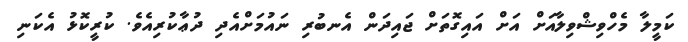
ކަމީލާ މެހްވިޝްވިލާއަށް އަށް އައިގޮތަށް ޖައިދަން އެނބުރި ނައުމަށްއެދި ދުޢާކުރިއެވެ. ކުރީކޮޅު އެކަނި